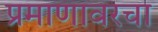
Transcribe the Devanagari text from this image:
प्रमाणावरचा